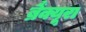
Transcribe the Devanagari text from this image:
ब्रैंक्यूरा